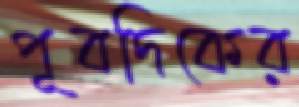
পূবদিকের